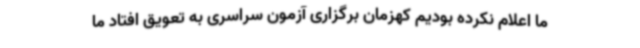
ما اعلام نکرده بودیم کهزمان برگزاری آزمون سراسری به تعویق افتاد ما